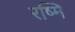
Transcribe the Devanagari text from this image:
रष्मि